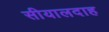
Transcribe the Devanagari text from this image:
सीयालदाह